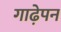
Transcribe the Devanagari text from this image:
गाढे़पन